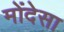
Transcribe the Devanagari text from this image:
मोंदेसा